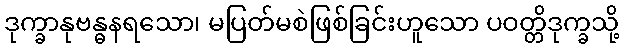
ဒုက္ခာနုဗန္ဓနရသော၊ မပြတ်မစဲဖြစ်ခြင်းဟူသော ပဝတ္တိဒုက္ခသို့